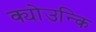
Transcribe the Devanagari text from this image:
क्योउन्कि